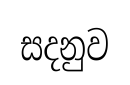
සදනුව